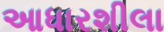
આધારશીલા